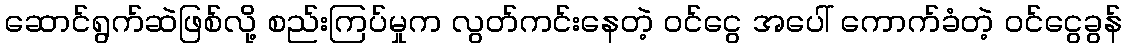
ဆောင်ရွက်ဆဲဖြစ်လို့ စည်းကြပ်မှုက လွတ်ကင်းနေတဲ့ ဝင်ငွေ အပေါ် ကောက်ခံတဲ့ ဝင်ငွေခွန်